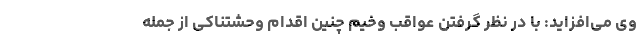
وی می‌افزاید: با در نظر گرفتن عواقب وخیم چنین اقدام وحشتناکی از جمله